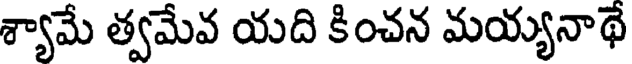
శ్యామే త్వమేవ యది కించన మయ్యనాథే